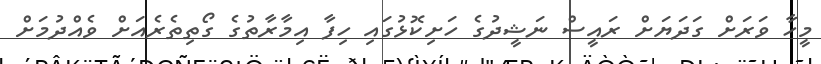
މީހާ ވަރަށް ގަދަޔަށް ރައީސް ނަޝީދުގެ ހަށިކޮޅުގައި ހިފާ އިމާރާތުގެ ގޯތިތެރެއަށް ވެއްދުމަށް